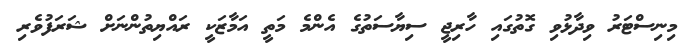
މިނިސްޓަރު ވިދާޅުވި ގޮތުގައި ހާރިޖީ ސިޔާސަތުގެ އެންމެ މަތީ އަމާޒަކީ ރައްޔިތުންނަށް ޝަރަފުވެރި